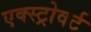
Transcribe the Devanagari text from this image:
एक्स्ट्रोवर्ट